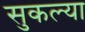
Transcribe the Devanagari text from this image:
सुकल्या